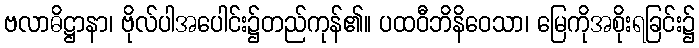
ဗလာဓိဋ္ဌာနာ၊ ဗိုလ်ပါအပေါင်း၌တည်ကုန်၏။ ပထဝီဘိနိဝေသာ၊ မြေကိုအစိုးရခြင်း၌